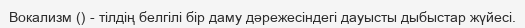
Вокализм () - тілдің белгілі бір даму дәрежесіндегі дауысты дыбыстар жүйесі.